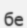
бе